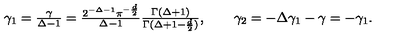
\textstyle \gamma _ { 1 } = \frac \gamma { \Delta - 1 } = \frac { 2 ^ { - \Delta - 1 } \pi ^ { - \frac d 2 } } { \Delta - 1 } \frac { \Gamma ( \Delta + 1 ) } { \Gamma ( \Delta + 1 - \frac d 2 ) } , \qquad \gamma _ { 2 } = - \Delta \gamma _ { 1 } - \gamma = - \gamma _ { 1 } .